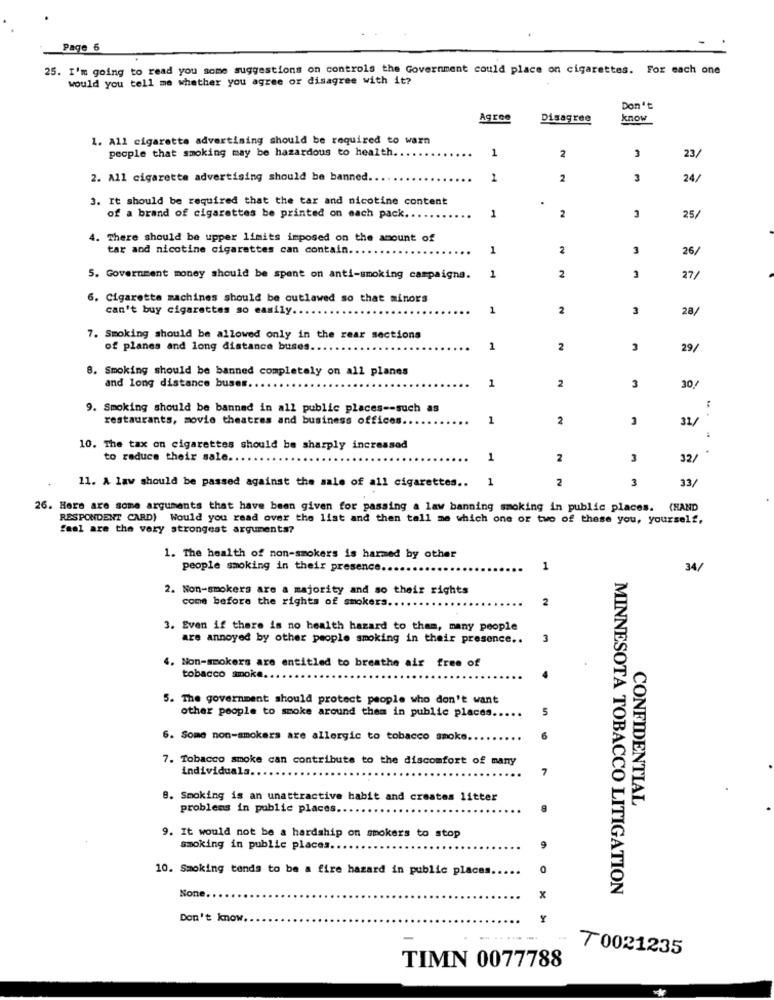
Page 5
25. I'm going to read you some suggestions on controls the Government could place on cigarettes. For each one
would you tell me whether you agree or disagree with it?
Don't
Agree
Disagree
know
1. All cigarette advertising should be required to warn
people that smoking may be hazardous to health.
1
2
23/
2. All cigarette advertising should be banned.
1
2
3
24/
3. It should be required that the tar and nicotine content
2
of a brand of cigarettes be printed on each pack ..
1
25/
4. There should be upper limits imposed on the amount of
tar and nicotine cigarettes can contain.
1
2
3
26/
5. Government money should be spent on anti-smoking campaigna.
1
2
3
27/
6. Cigarette machines should be outlawed so that minors
can't buy cigarettes so easily ..
1
2
3
28/
7. Smoking should be allowed only in the rear sections
of planes and long distance buses.
1
2
3
29/
8. Smoking should be banned completely on all planes
1
2
and long distance buses.
3
30
9. Smoking should be banned in all public places -- such as
restaurants, movie theatres and business offices.
1
2
3
31/
:
10. The tax on cigarettes should be sharply increased
.
to reduce their sale ..
1
2
3
32/
11. A law should be passed against the sale of all cigarettes ..
1
2
3
33/
26. Here are some arguments that have been given for passing a law banning smoking in public places.
CHAND
RESPONDENT CARD) Would you raad over the list and then tall me which one or two of these you, yourself,
feel are the very strongest arguments?
1. The health of non-smokers is harmed by other
people smoking in their presence.
1
34/
2. Non-smokers are a majority and so their rights
come before the rights of smokers ..
2
3. Even if there is no health hazard to them, many people
are annoyed by other people smoking in their presence ..
3
4. Non-smokers are entitled to breathe air free of
tobacco smoke.
5. The government should protect people who don't want
other people to smoke around them in public places.
5
6. Some non-smokers are allergic to tobacco smoke
7. Tobacco smoke can contribute to the discomfort of many
individuala ...
. Smoking is an unattractive habit and creates litter
CONFIDENTIAL
problems in public places ..
9. It would not be a hardship on smokers to stop
smoking in public places ..
9
10. Smoking tends to be a fire hazard in public places
0
MINNESOTA TOBACCO LITIGATION
x
Don't know.
Y
7 0021235
TIMN 0077788